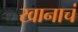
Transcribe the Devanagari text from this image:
खानाचं